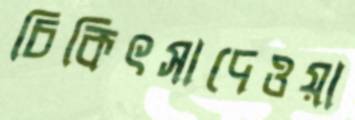
চিকিৎসাদেওয়া